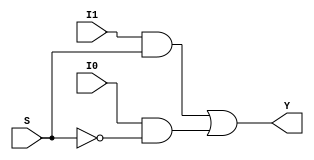
`timescale 1ns / 1ps

/*---------------------------------------------------
* 2 to 1 line multiplexer.
* If (S = 1) => Y = I1 else Y = I0
---------------------------------------------------*/

module MUX_2_to_1(I0, I1, S, Y);

	input I0, I1, S;
	output Y;
	
	wire S_bar, temp_0, temp_1;
	
	not not_1 (S_bar, S);
	
	and and_1 (temp_1, I1, S);
	and and_2 (temp_0, I0, S_bar);
	
	or or_1 (Y, temp_1, temp_0);

endmodule